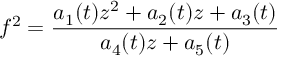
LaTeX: f ^ { 2 } = \frac { a _ { 1 } ( t ) z ^ { 2 } + a _ { 2 } ( t ) z + a _ { 3 } ( t ) } { a _ { 4 } ( t ) z + a _ { 5 } ( t ) }